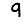
Digit: 9